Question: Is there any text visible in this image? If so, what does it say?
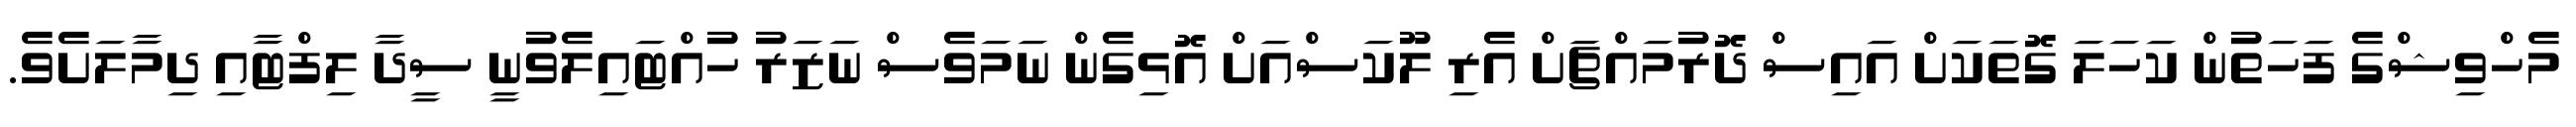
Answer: މެހްވިޝްގެ ފަހަތުން ކަހަލަ ގޮތަކަށް އައިސް ދޮރުމައްޗަށް އެރި ލޫކަސްއަށް އޮޅިގެން ނަމަވެސް ނަޒަރު ހުއްޓައިލެވުނީ ސީދާ ލިފްޓާއި ދިމާލަށެވެ.